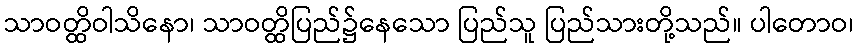
သာဝတ္ထိဝါသိနော၊ သာဝတ္ထိပြည်၌နေသော ပြည်သူ ပြည်သားတို့သည်။ ပါတောဝ၊